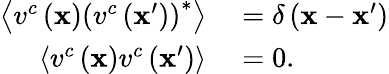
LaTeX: \begin{array}{rl}{\left\langle v^{c}\left(\mathbf{x}\right)\left(v^{c}\left(\mathbf{x}^{\prime}\right)\right)^{*}\right\rangle}&{{}=\delta\left(\mathbf{x}-\mathbf{x}^{\prime}\right)}\\ {\left\langle v^{c}\left(\mathbf{x}\right)v^{c}\left(\mathbf{x}^{\prime}\right)\right\rangle}&{{}=0.}\end{array}